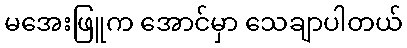
မအေးဖြူက အောင်မှာ သေချာပါတယ်